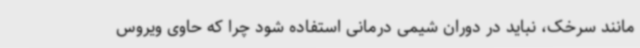
مانند سرخک، نباید در دوران شیمی درمانی استفاده شود چرا که حاوی ویروس